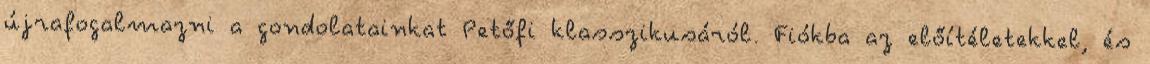
újrafogalmazni a gondolatainkat Petőfi klasszikusáról. Fiókba az előítéletekkel, és